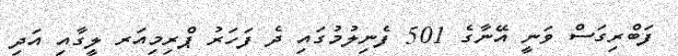
ފަބްރިގަސް ވަނީ އޭނާގެ 501 ފެނިލުމުގައި ދެ ފަހަރު ޕްރިމިއަރ ލީގާއި އަދި